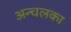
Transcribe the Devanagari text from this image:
अन्चलका